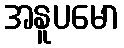
အနူပမော